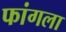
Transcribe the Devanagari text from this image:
फांगला